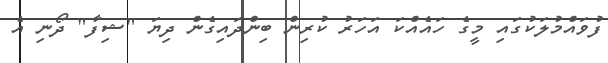
ފުވައްމުލަކުގައި މީގެ ހައެއްކަ އަހަރު ކުރިން ބިންދައިގެން ދިޔަ "ޝިފާ" ދޯނި އެ